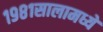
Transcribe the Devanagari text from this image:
१९८१सालामध्ये